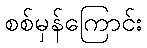
စစ်မှန်ကြောင်း